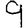
Digit: 9